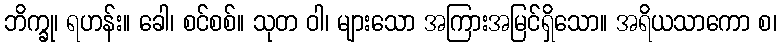
ဘိက္ခု၊ ရဟန်း။ ခေါ၊ စင်စစ်။ သုတ ဝါ၊ များသော အကြားအမြင်ရှိသော။ အရိယသာကော စ၊